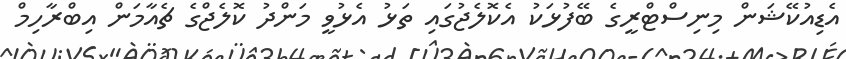
އެޑިއުކޭޝަން މިނިސްޓްރީގެ ބޭފުޅަކު އެކޮލެޖުގައި ތަޅު އެޅުވީ މަންދު ކޮލެޖްގެ ޗެއާމަން އިބްރާހިމް